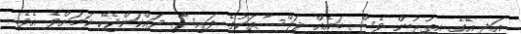
އަދި އޭގެ އިތުރުން ވެސް ބައެއް ޖަލްސާތަކުގެ ފައިސާ ދައްކަންޖެހޭ ކަމަށްވެ އެވެ.